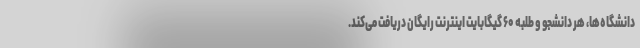
دانشگاه‌ها، هر دانشجو و طلبه ۶۰ گیگابایت اینترنت رایگان دریافت می‌کند.